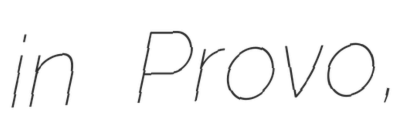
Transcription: in Provo,